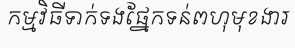
កម្មវិធីទាក់ទងផ្នែកទន់ពហុមុខងារ